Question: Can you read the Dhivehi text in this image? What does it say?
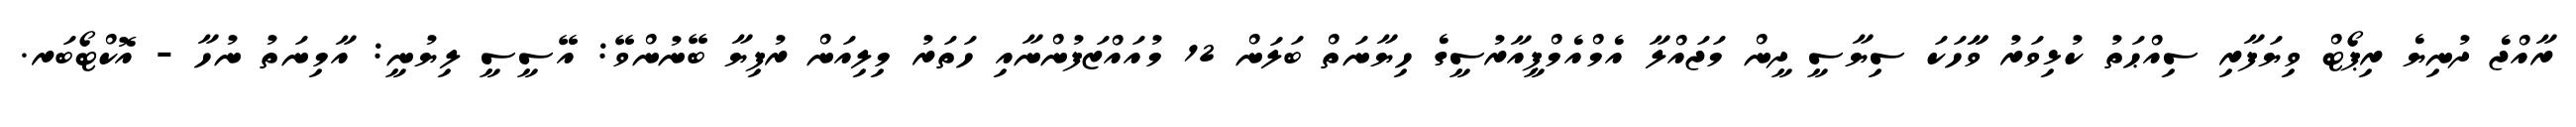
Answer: ރާއްޖެ ދުނިޔެ ރިޕޯޓް ވިޔަފާރި ސިއްޙަތު ކުޅިވަރު ވާާހަކަ ސިޔާސީ ދީން މަޖައްލާ އެމްއެމްޕީއާރުސީގެ ހިޔާނަތް ބަލަން 12 މުއައްޒަފުންނާއި ހަތަރު މިލިއަން ރުފިޔާ ބޭނުންވޭ: އޭސީސީ ލިޔުނީ: އާމިނަތު ނުހާ - އޮކްޓޯބަރ.